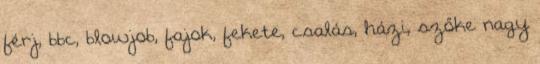
férj, bbc, blowjob, fajok, fekete, csalás, házi, szőke nagy